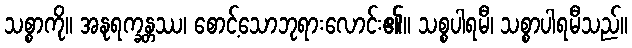
သစ္စာကို။ အနုရက္ခန္တဿ၊ စောင့်သောဘုရားလောင်း၏။ သစ္စပါရမီ၊ သစ္စာပါရမီသည်။